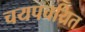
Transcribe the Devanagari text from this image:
चयपचयित